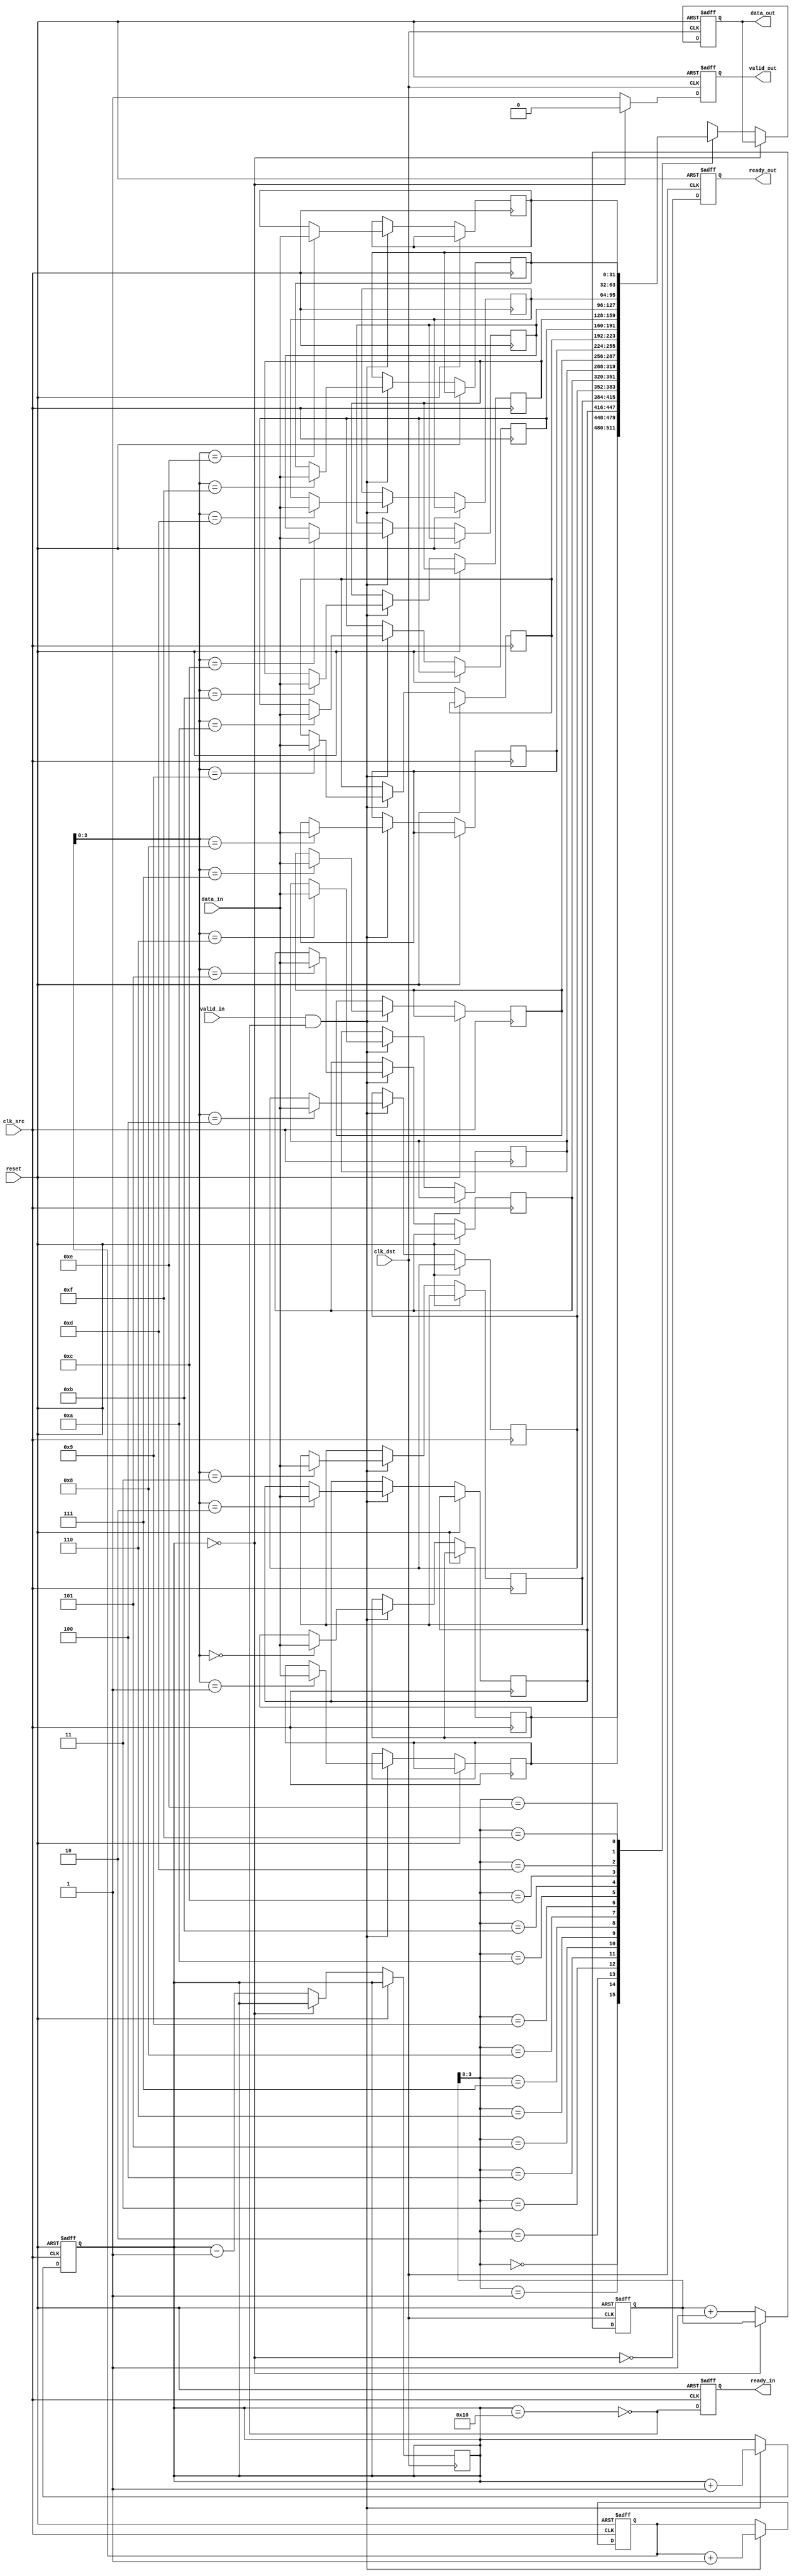
module MemoryBlocksPipelineSynchronizer #(
    parameter DATA_WIDTH = 32,
    parameter FIFO_DEPTH = 16
)(
    input wire clk_src,                     // Source clock
    input wire clk_dst,                     // Destination clock
    input wire [DATA_WIDTH-1:0] data_in,   // Data input
    input wire valid_in,                    // Valid signal for input data
    input wire reset,                       // Asynchronous reset
    output reg [DATA_WIDTH-1:0] data_out,  // Data output
    output reg valid_out,                   // Valid signal for output data
    output reg ready_in,                    // Ready signal for FIFO input
    output reg ready_out                    // Ready signal for FIFO output
);

    // FIFO buffer implementation using a synchronous RAM
    reg [DATA_WIDTH-1:0] fifo_memory [0:FIFO_DEPTH-1];
    reg [4:0] write_pointer = 0; // 5-bit write pointer
    reg [4:0] read_pointer = 0;  // 5-bit read pointer
    reg [4:0] count = 0;         // Number of items in FIFO

    // Status flags
    wire fifo_empty = (count == 0);
    wire fifo_full = (count == FIFO_DEPTH);

    // Write control logic (in source clock domain)
    always @(posedge clk_src or posedge reset) begin
        if (reset) begin
            write_pointer <= 0;
            count <= 0;
            ready_in <= 1;
        end else begin
            if (valid_in && !fifo_full) begin
                fifo_memory[write_pointer] <= data_in;
                write_pointer <= write_pointer + 1;
                count <= count + 1;
            end
            ready_in <= !fifo_full; // Set ready_in if FIFO is not full
        end
    end

    // Read control logic (in destination clock domain)
    always @(posedge clk_dst or posedge reset) begin
        if (reset) begin
            read_pointer <= 0;
            data_out <= 0;
            valid_out <= 0;
            ready_out <= 1;
        end else begin
            if (!fifo_empty) begin
                data_out <= fifo_memory[read_pointer];
                valid_out <= 1;
                read_pointer <= read_pointer + 1;
                count <= count - 1;
            end else begin
                valid_out <= 0;
            end
            ready_out <= !fifo_empty; // Set ready_out if FIFO is not empty
        end
    end

endmodule